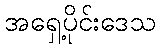
အရှေ့ပိုင်းဒေသ